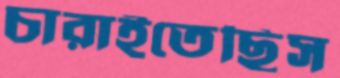
চারাইতেছিস